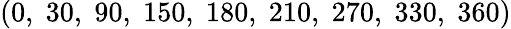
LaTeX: (0,\; 30,\; 90,\; 150,\; 180,\; 210,\; 270,\; 330,\; 360)